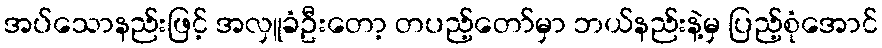
အပ်သောနည်းဖြင့် အလှူခံဦးတော့ တပည့်တော်မှာ ဘယ်နည်းနဲ့မှ ပြည့်စုံအောင်